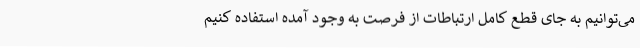
می‌توانیم به جای قطع کامل ارتباطات از فرصت به وجود آمده استفاده کنیم